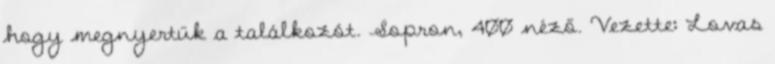
hogy megnyertük a találkozót. Sopron, 400 néző. Vezette: Lovas